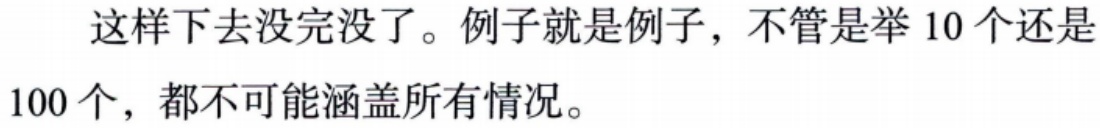
这样下去没完没了。例子就是例子，不管是举 10 个还是100 个，都不可能涵盖所有情况。